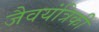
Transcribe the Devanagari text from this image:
जैवयंत्रिकी